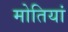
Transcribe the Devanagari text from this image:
मोतियां